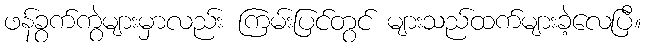
ဖန်ခွက်ကွဲများမှာလည်း ကြမ်းပြင်တွင် များသည်ထက်များခဲ့လေပြီ။